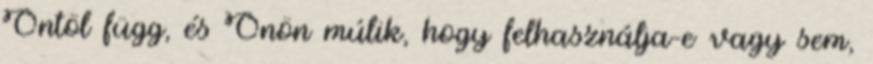
Öntöl függ, és Önön múlik, hogy felhasználja-e vagy sem,